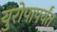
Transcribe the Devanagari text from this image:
युरोपापर्यंत